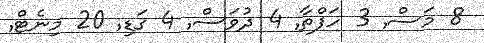
8 މަސް